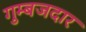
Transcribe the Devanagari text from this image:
गुम्बजदार